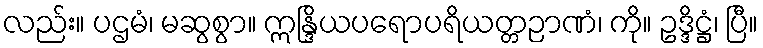
လည်း။ ပဌမံ၊ မဆွစွာ။ ဣန္ဒြိယပရောပရိယတ္တဉာဏံ၊ ကို။ ဥဒ္ဒိဋ္ဌံ၊ ပြီ။